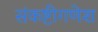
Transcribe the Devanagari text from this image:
संकष्टीगणेश